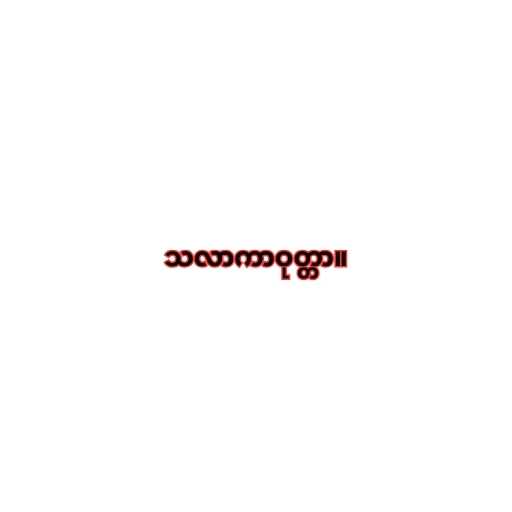
သလာကာဝုတ္တာ။